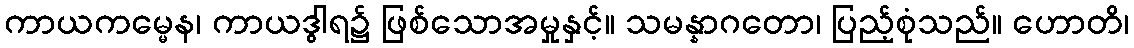
ကာယကမ္မေန၊ ကာယဒွါရ၌ ဖြစ်သောအမှုနှင့်။ သမန္နာဂတော၊ ပြည့်စုံသည်။ ဟောတိ၊